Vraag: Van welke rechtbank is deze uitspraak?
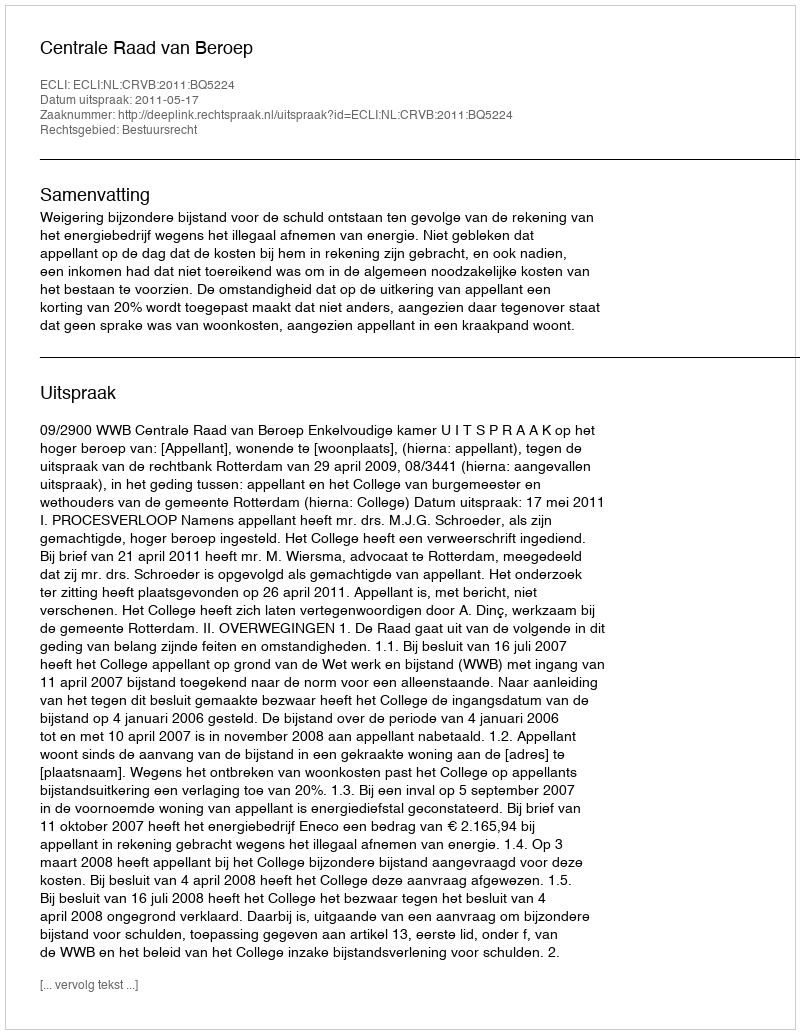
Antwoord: Centrale Raad van Beroep